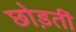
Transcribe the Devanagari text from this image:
छोड़तीं